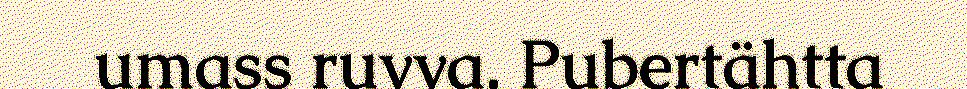
umass ruvva. Pubertähtta